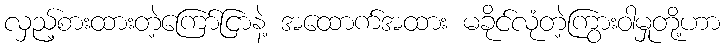
လှည့်စားထားတဲ့ကြော်ငြာနဲ့ အထောက်အထား မခိုင်လုံတဲ့ကြွားဝါမှုတို့ဟာ